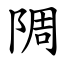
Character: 䧓